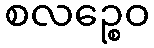
စလဉ္စေဝ